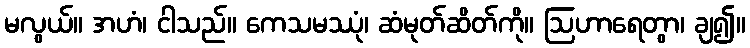
မလွယ်။ အဟံ၊ ငါသည်။ ကေသမဿုံ၊ ဆံမုတ်ဆိတ်ကို။ ဩဟာရေတွာ၊ ချ၍။